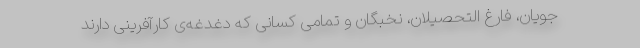
جویان، فارغ التحصیلان، نخبگان و تمامی کسانی که دغدغه‌ی کارآفرینی دارند